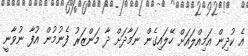
އެ ކުދިން އަމިއްލައަށް ހޭލައިގެން ނަމާދަށް ދާ މަންޒަރު ފެނުމުން އުފާ ނުވާނީ